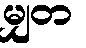
မျှတ